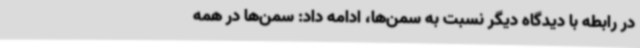
در رابطه با دیدگاه دیگر نسبت به سمن‌ها، ادامه داد: سمن‌ها در همه